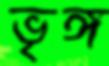
ভৃঙ্গ